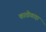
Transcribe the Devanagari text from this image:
काठीवाड़ा